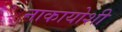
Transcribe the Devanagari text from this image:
नाकायोशी